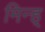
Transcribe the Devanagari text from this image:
मिन्ह्